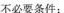
不必要条件；